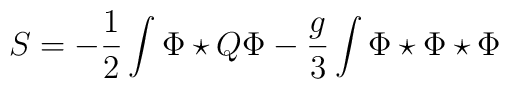
S = - \frac{1}{2}  \int \Phi \star Q \Phi - \frac{g}{3}  \int \Phi \star\Phi \star \Phi